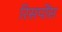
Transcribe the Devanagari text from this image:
रिसपोंस